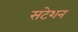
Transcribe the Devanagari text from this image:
सटेशन